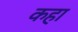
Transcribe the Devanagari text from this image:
कहा